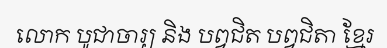
លោក បូជាចារ្យ និង បព្វជិត បព្វជិតា ខ្មែរ